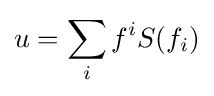
u=\sum _{i}f^{i}S(f_{i})